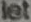
let